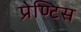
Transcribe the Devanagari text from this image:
प्रेण्टिस